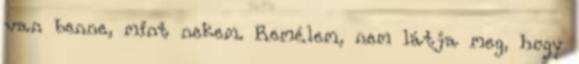
van benne, mint nekem. Remélem, nem látja meg, hogy